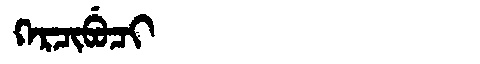
Manchu: ᡴᡝᡵᠴᡳᠪᡠᠴᡳ
Romanization: KERCIBUCI